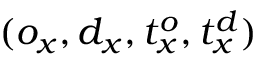
( o _ { x } , d _ { x } , t _ { x } ^ { o } , t _ { x } ^ { d } )